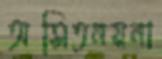
অসিতনয়না